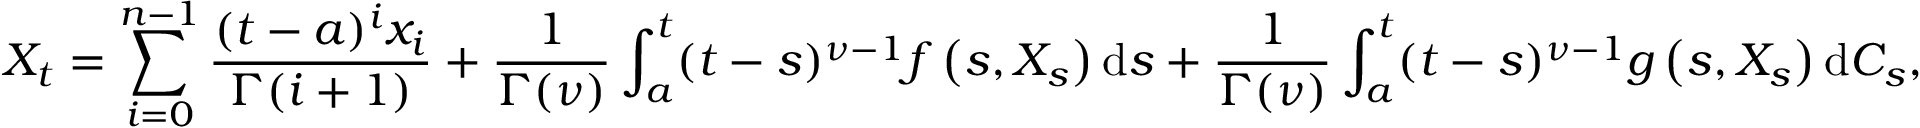
X _ { t } = \sum _ { i = 0 } ^ { n - 1 } \frac { ( t - a ) ^ { i } x _ { i } } { \Gamma ( i + 1 ) } + \frac { 1 } { \Gamma ( \nu ) } \int _ { a } ^ { t } ( t - s ) ^ { \nu - 1 } f \left( s , X _ { s } \right) \mathrm { d } s + \frac { 1 } { \Gamma ( \nu ) } \int _ { a } ^ { t } ( t - s ) ^ { \nu - 1 } g \left( s , X _ { s } \right) \mathrm { d } C _ { s } ,